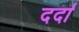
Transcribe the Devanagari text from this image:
दर्दा